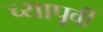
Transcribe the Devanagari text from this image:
च्यापूर्वी